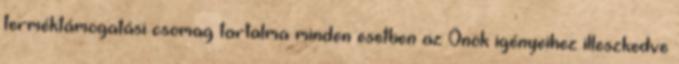
terméktámogatási csomag tartalma minden esetben az Önök igényeihez illeszkedve